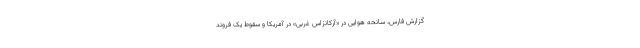
گزارش فارس، سانحه هوایی در «آرکانزاس غربی» در آمریکا و سقوط یک فروند